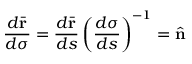
\frac { d \bar { \bf r } } { d \sigma } = \frac { d \bar { \bf r } } { d s } \left( \frac { d \sigma } { d s } \right) ^ { - 1 } = \hat { \bf n }